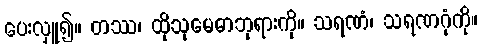
ပေးလှူ၍။ တဿ၊ ထိုသုမေဓာဘုရားကို။ သရဏံ၊ သရဏဂုံကို။